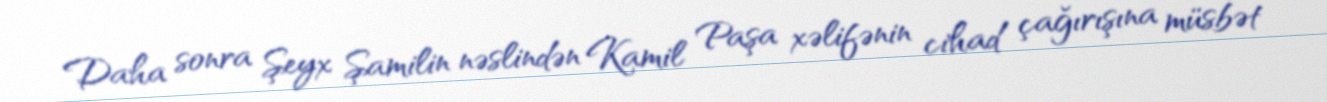
Daha sonra Şeyx Şamilin nəslindən Kamil Paşa xəlifənin cihad çağırışına müsbət